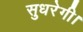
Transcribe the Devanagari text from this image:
सुधरेगी।